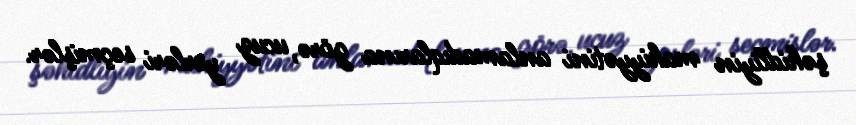
şəhidliyin mahiyyətini anlamadıqlarına görə, ucuz yerləri seçmişlər.